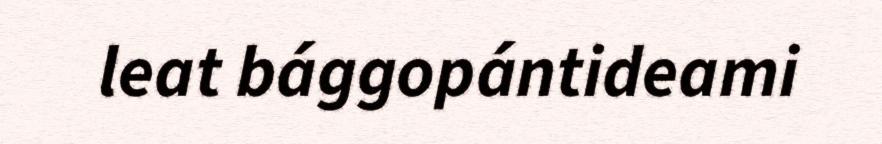
leat bággopántideami